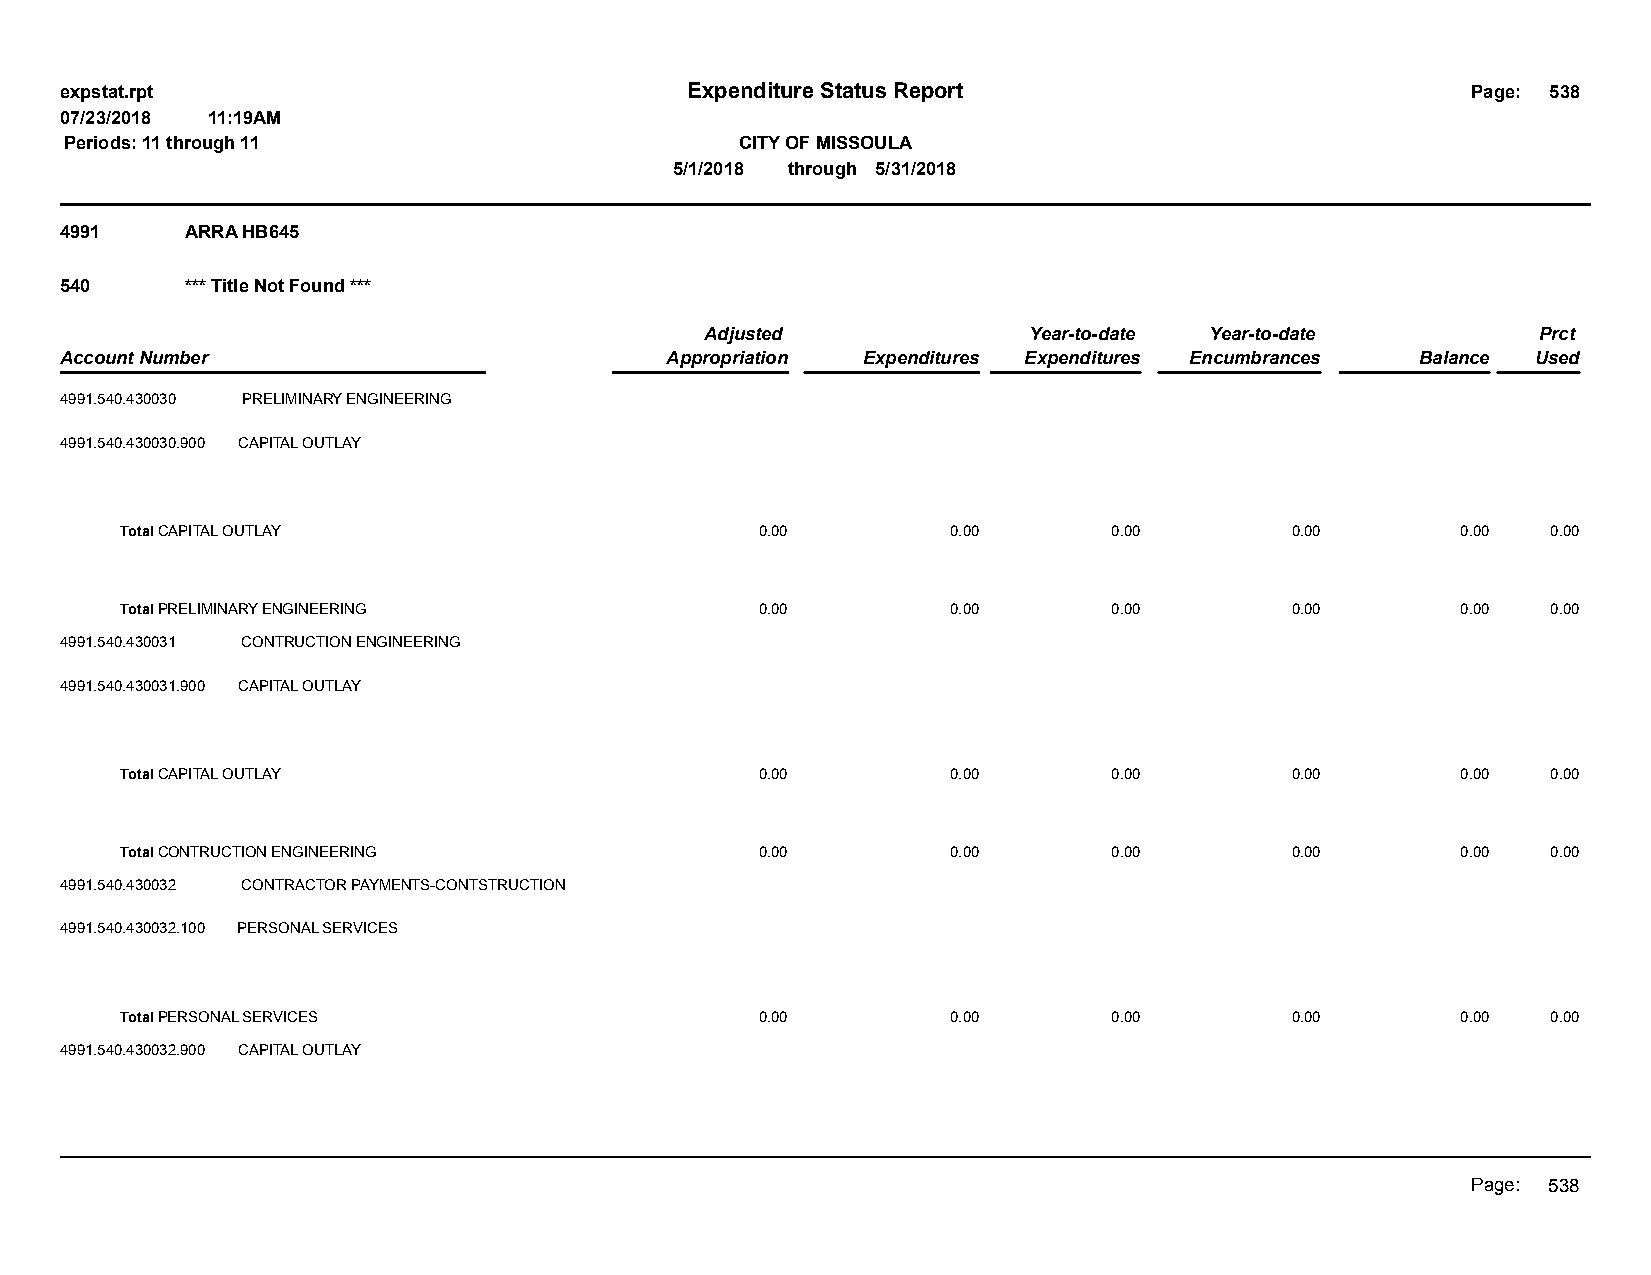
expstat.rpt                              Expenditure Status Report                           Page: 538
 07/23/2018 11:19AM
 Periods: 11 through 11                       CITY OF MISSOULA
 5/1/2018 through 5/31/2018
 4991    ARRA HB645
 540     *** Title Not Found ***
 Adjusted             Year-to-date Year-to-date         Prct
 Account Number                          Appropriation Expenditures Expenditures Encumbrances Balance Used
 4991.540.430030 PRELIMINARY ENGINEERING
 4991.540.430030.900 CAPITAL OUTLAY
 Total CAPITAL OUTLAY                      0.00         0.00       0.00       0.00        0.00  0.00
 Total PRELIMINARY ENGINEERING             0.00         0.00       0.00       0.00        0.00  0.00
 4991.540.430031 CONTRUCTION ENGINEERING
 4991.540.430031.900 CAPITAL OUTLAY
 Total CAPITAL OUTLAY                      0.00         0.00       0.00       0.00        0.00  0.00
 Total CONTRUCTION ENGINEERING             0.00         0.00       0.00       0.00        0.00  0.00
 4991.540.430032 CONTRACTOR PAYMENTS-CONTSTRUCTION
 4991.540.430032.100 PERSONAL SERVICES
 Total PERSONAL SERVICES                   0.00         0.00       0.00       0.00        0.00  0.00
 4991.540.430032.900 CAPITAL OUTLAY
 Page: 538